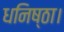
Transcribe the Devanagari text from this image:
धनिष्ठा।